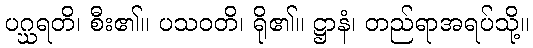
ပဂ္ဃရတိ၊ စီး၏။ ပသဝတိ၊ ရို၏။ ဋ္ဌာနံ၊ တည်ရာအရပ်သို့။